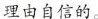
理由自信的。